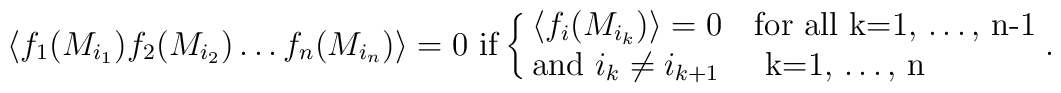
\langle f_1(M_{i_1})f_2(M_{i_2})\dots  f_n(M_{i_n})\rangle =0  \ {\rm if}\cases {  \langle f_i(M_{i_k})\rangle = 0  & {\rm for all}   k=1, \dots, n-1\cr{\rm and} \ i_{k}\neq i_{k+1} &\  k=1, \dots, n}.